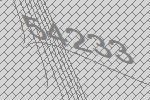
54233